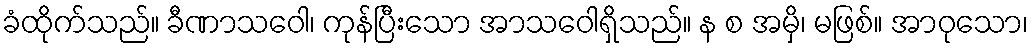
ခံထိုက်သည်။ ခီဏာသဝေါ၊ ကုန်ပြီးသော အာသဝေါရှိသည်။ န စ အမှိ၊ မဖြစ်။ အာဝုသော၊